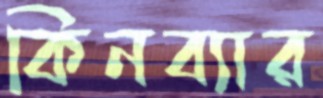
কিনব্যার